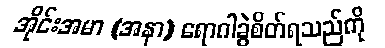
အိုင်းအမာ (အနာ) ရောဂါခွဲစိတ်ရသည်ကို